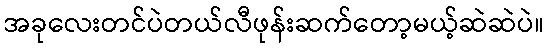
အခုလေးတင်ပဲတယ်လီဖုန်းဆက်တော့မယ့်ဆဲဆဲပဲ။